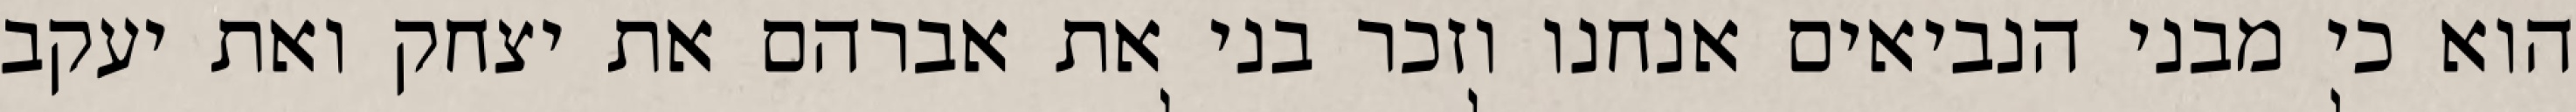
הוא כי מבני הנביאים אנחנו וזכר בני את אברהם את יצחק ואת יעקב